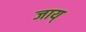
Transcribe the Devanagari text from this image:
जाय्